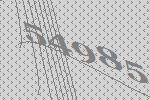
54985